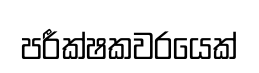
පරීක්ෂකවරයෙක්